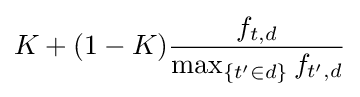
K+(1-K){\frac {f_{t,d}}{\max _{\{t'\in d\}}{f_{t',d}}}}